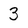
Character: 3